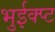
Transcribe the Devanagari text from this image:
भुईक्प्ट